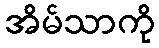
အိမ်သာကို